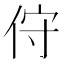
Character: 㑏